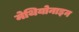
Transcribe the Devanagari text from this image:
मेथियोनाइन